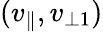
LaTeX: (v_{\parallel},v_{\perp 1})